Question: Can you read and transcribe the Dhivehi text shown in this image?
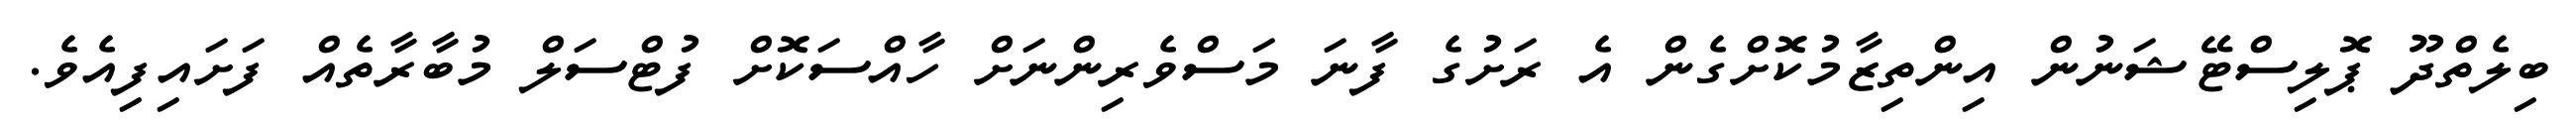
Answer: ބިލެތްދޫ ޕޮލިސްޓޭޝަނުން އިންތިޒާމުކޮށްގެން އެ ރަށުގެ ފާނަ މަސްވެރިންނަށް ހާއްސަކޮށް ފުޓްސަލް މުބާރާތެއް ފަށައިފިއެވެ.